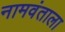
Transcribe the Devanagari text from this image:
नामवंताला